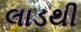
લાડથી